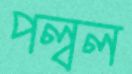
পল্বল